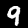
Label: 9